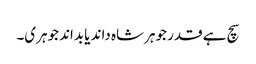
سچ ہے قدر جوہر شاہ داند یا بداند جوہری۔